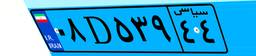
۱۵D۰۲۱۸۹